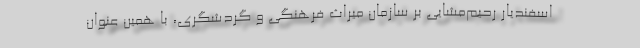
اسفندیار رحیم‌مشایی بر سازمان میراث فرهنگی و گردشگری، با همین عنوان